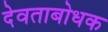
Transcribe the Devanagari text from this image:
देवताबोधक